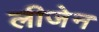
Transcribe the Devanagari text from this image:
लीजेन